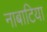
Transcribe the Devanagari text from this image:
नाबाटिया